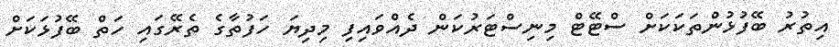
އިތުރު ބޭފުޅުންތަކަކަށް ސްޓޭޓް މިނިސްޓަރުކަން ދެއްވައިފި މިދިޔަ ހަފުތާގެ ތެރޭގައި ހަތް ބޭފުޅަކަށް